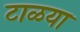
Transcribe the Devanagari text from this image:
टाळया